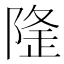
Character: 𨺼